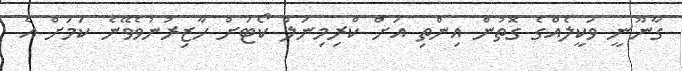
ގާނޫނީ ވަކީލެއްގެ ގޮތުން އިންތި އަށް ކްރިމިނަލް ކޯޓަށް ހާޒިރުނުވެވޭނެ ކަމަށް އެ